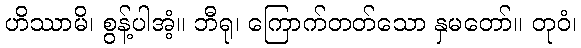
ဟိဿာမိ၊ စွန့်ပါအံ့။ ဘီရု၊ ကြောက်တတ်သော နှမတော်။ တုဝံ၊